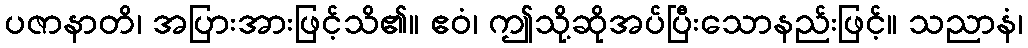
ပဇာနာတိ၊ အပြားအားဖြင့်သိ၏။ ဧဝံ၊ ဤသို့ဆိုအပ်ပြီးသောနည်းဖြင့်။ သညာနံ၊